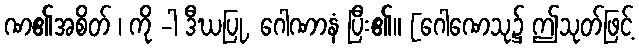
ဏ၏အစိတ် ၊ ကို -ါ ဒီဃပြု, ဂေါဏာနံ ပြီး၏။ [ဂေါဏေသု၌ ဤသုတ်ဖြင့်